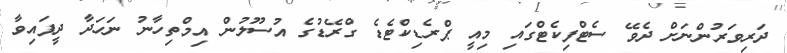
ދަރިވަރުންނަށް ދެވޭ ސެޓްފިކެޓްގައި މިއީ ޕްރެޑިކްޓެޑެ ގްރޭޑުގެ އުސޫލުން އިމްތިހާނު ނަހަދާ ދީފައިވާ